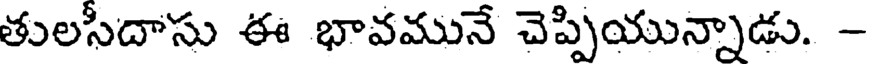
తులసీదాసు ఈ భావమునే చెప్పియున్నాడు. -